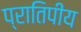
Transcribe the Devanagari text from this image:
प्रातिपीय